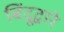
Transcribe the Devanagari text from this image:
बिंदूद्वारे